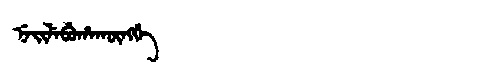
Manchu: ᠨᡝᡳᠯᡝᠪᡠᡥᠠᡴᡡᠩᡤᡝ
Romanization: NEILEBUHAKŪNGGE